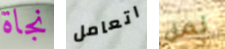
نجاة اتعامل نمل